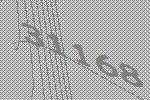
31168